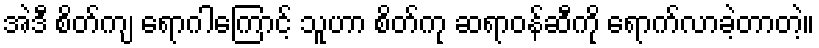
အဲဒီ စိတ်ကျ ရောဂါကြောင့် သူဟာ စိတ်ကု ဆရာဝန်ဆီကို ရောက်လာခဲ့တာတဲ့။